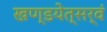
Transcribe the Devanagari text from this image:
खण्डयेत्सर्वं